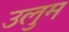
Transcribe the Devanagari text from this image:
उलुम